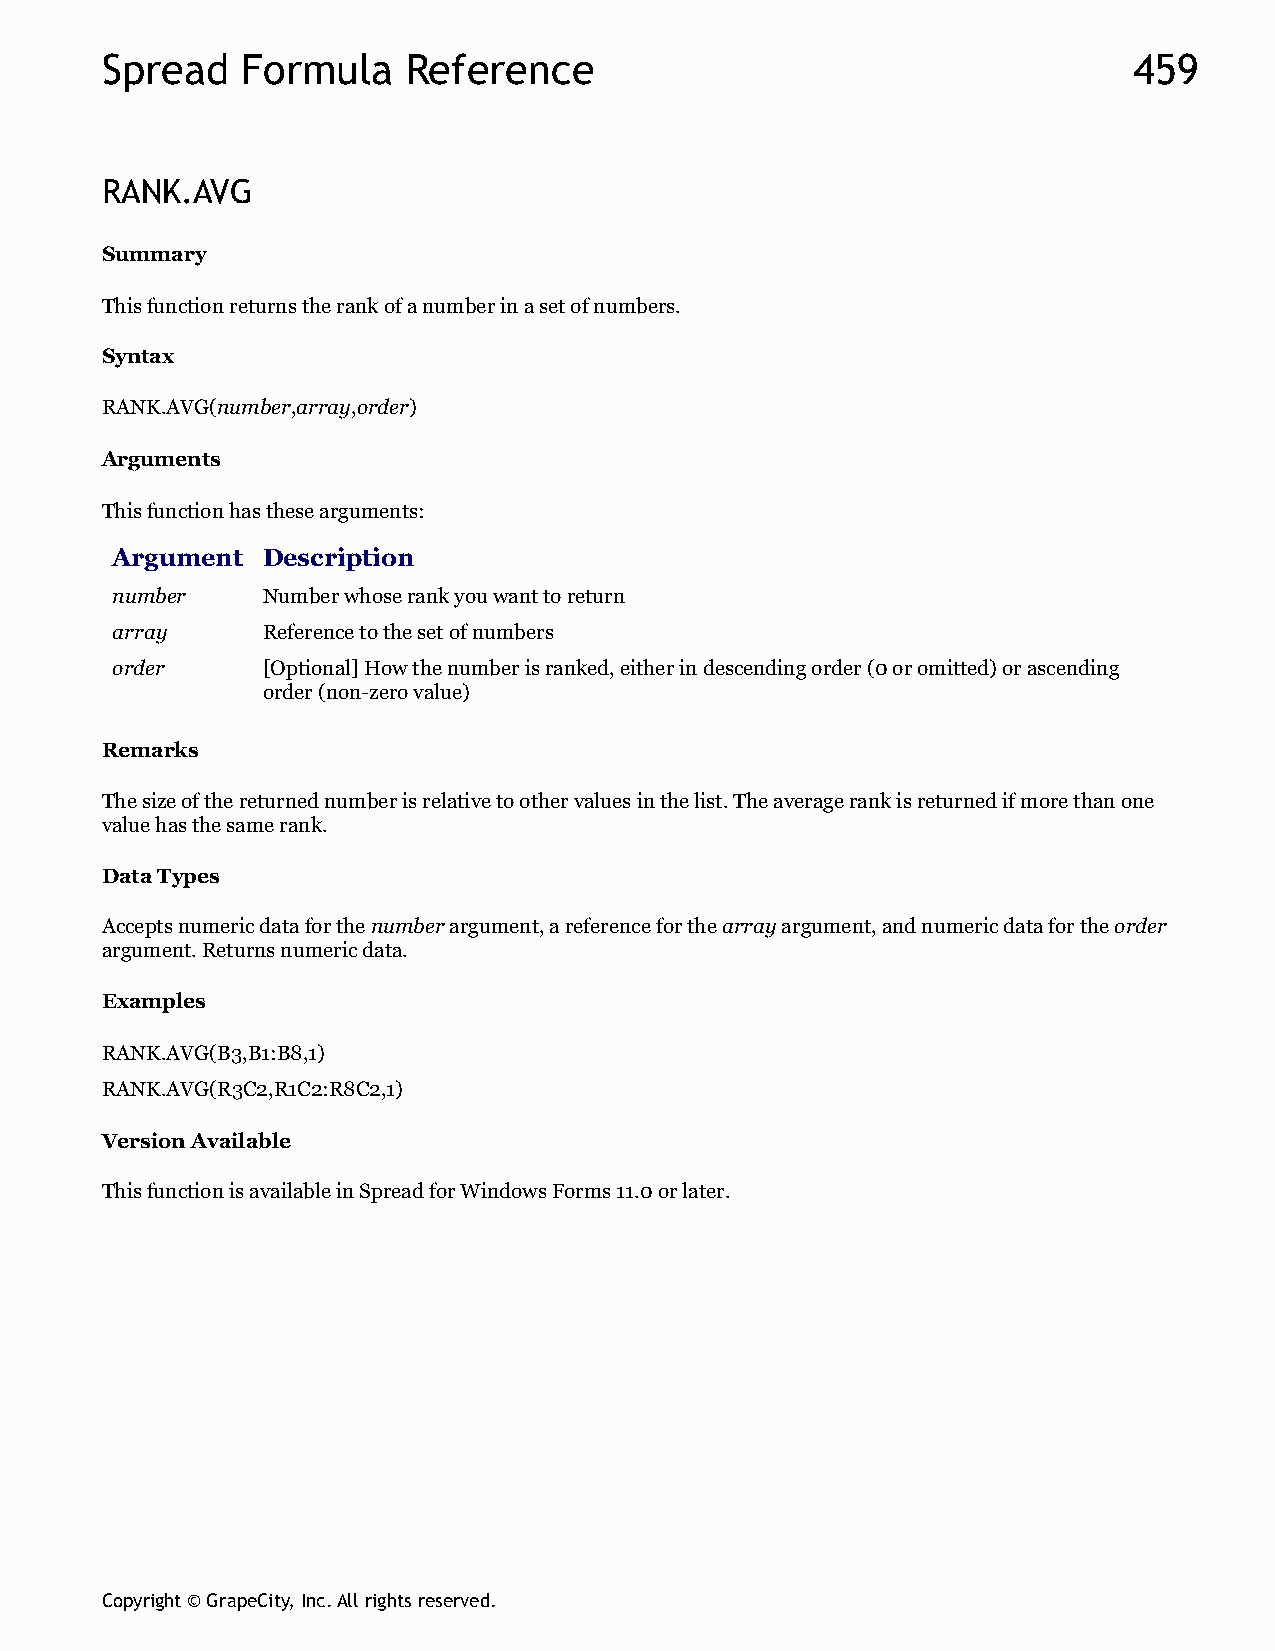
Spread   Formula    Reference                                       459
 RANK.AVG
 Summary
 This function returns the rank of a number in a set of numbers.
 Syntax
 RANK.AVG(number,array,order)
 Arguments
 This function has these arguments:
 Argument  Description
 number    Number whose rank you want to return
 array     Reference to the set of numbers
 order     [Optional] How the number is ranked, either in descending order (0 or omitted) or ascending
 order (non-zero value)
 Remarks
 The size of the returned number is relative to other values in the list. The average rank is returned if more than one
 value has the same rank.
 Data Types
 Accepts numeric data for the number argument, a reference for the array argument, and numeric data for the order
 argument. Returns numeric data.
 Examples
 RANK.AVG(B3,B1:B8,1)
 RANK.AVG(R3C2,R1C2:R8C2,1)
 Version Available
 This function is available in Spread for Windows Forms 11.0 or later.
 Copyright © GrapeCity, Inc. All rights reserved.